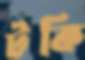
টকি